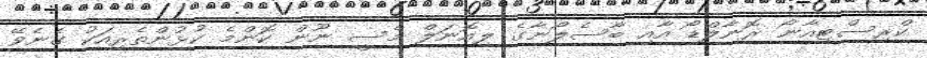
ކްރިސްޓިއާނޯ ރޮނާލްޑޯ އާއި ބާސެލޯނާގެ ލިއޮނަލް މެސީ ނޫން ކޮންމެ ކުޅުންތެރިއަކު ގެނެވޭ